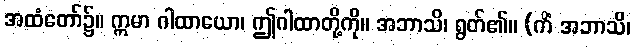
အထံတော်၌။ ဣမာ ဂါထာယော၊ ဤဂါထာတို့ကို။ အဘာသိ၊ ရွတ်၏။ (ကိံ အဘာသိ၊